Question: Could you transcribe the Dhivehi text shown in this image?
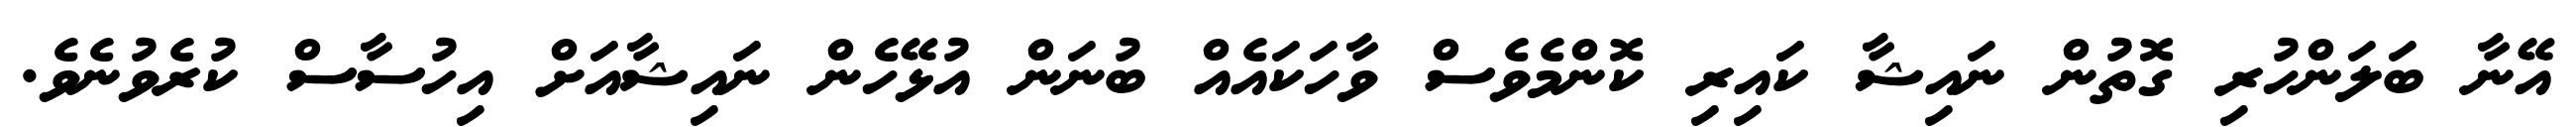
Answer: އޭނާ ބަލަންހުރި ގޮތުން ނައިޝާ ކައިރި ކޮންމެވެސް ވާހަކައެއް ބުނަން އުޅޭހެން ނައިޝާއަށް އިހުސާސް ކުރެވުނެވެ.